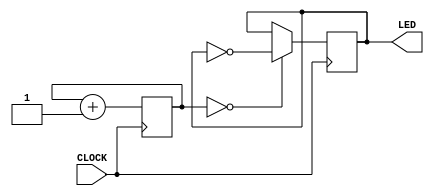
`timescale 1ns / 1ps

module slow_clock(input CLOCK, output reg LED);
    parameter N = 24;
    
    // COUNT will be extended to the left with zeros to the correct bit width.
    reg [N - 1:0] COUNT = 1'b0;
    
    initial begin
        LED = 0;
    end
    
    always @ (posedge CLOCK) begin
        COUNT <= COUNT + 1;
        // The N(.) here is replication operator
        LED <= (COUNT == {N{1'b0}}) ? ~LED : LED;
    end
endmodule